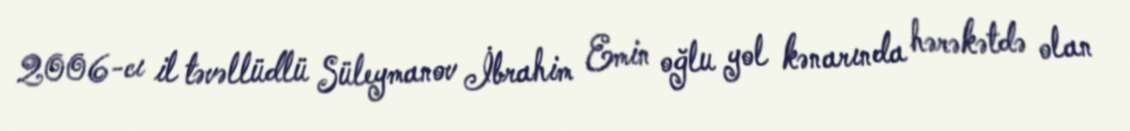
2006-cı il təvəllüdlü Süleymanov İbrahim Emin oğlu yol kənarında hərəkətdə olan